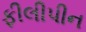
ફીલીપીન